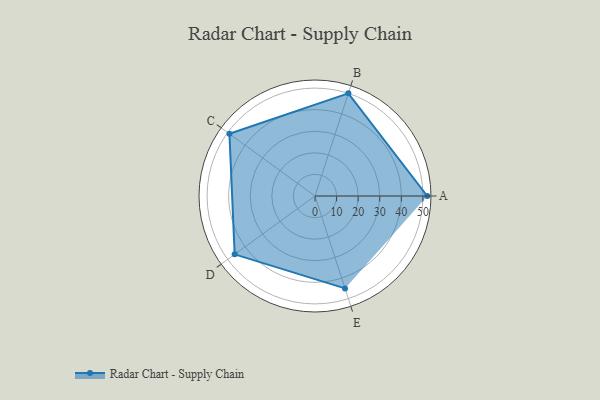
{"axis": {"x": "Skill", "y": "Score"}, "legend": ["Profile"], "data": [{"x": "A", "y": 52.0, "type": "Profile"}, {"x": "B", "y": 50.0, "type": "Profile"}, {"x": "C", "y": 49.0, "type": "Profile"}, {"x": "D", "y": 46.0, "type": "Profile"}, {"x": "E", "y": 45.0, "type": "Profile"}]}